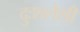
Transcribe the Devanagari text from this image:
दुःशलेशी